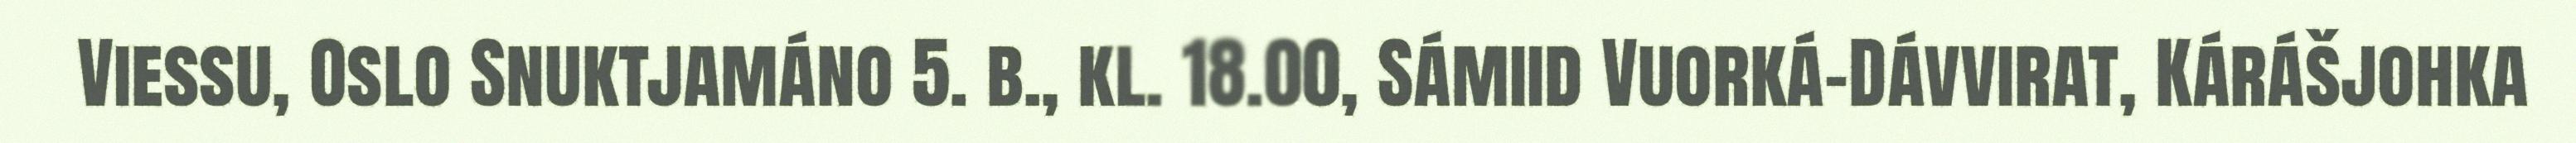
Viessu, Oslo Snuktjamáno 5. b., kl. 18.00, Sámiid Vuorká-Dávvirat, Kárášjohka